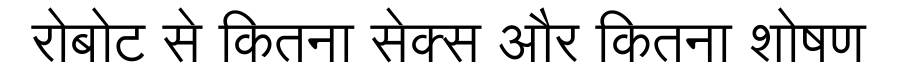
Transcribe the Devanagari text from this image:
रोबोट से कितना सेक्स और कितना शोषण